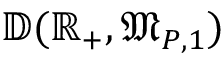
\mathbb { D } ( \mathbb { R } _ { + } , \mathfrak { M } _ { P , 1 } )